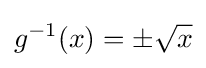
g^{-1}(x)=\pm {\sqrt {x}}